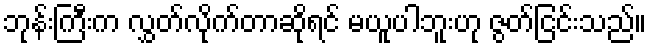
ဘုန်းကြီးက လွှတ်လိုက်တာဆိုရင် မယူပါဘူးဟု ဇွတ်ငြင်းသည်။